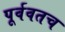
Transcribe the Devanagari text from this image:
पूर्ववतच